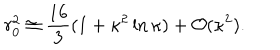
LaTeX: r _ { 0 } ^ { 2 } \cong \frac { 1 6 } { 3 } ( 1 + \kappa ^ { 2 } \ln \kappa ) + { \cal O } ( \kappa ^ { 2 } ) .